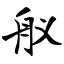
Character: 舣